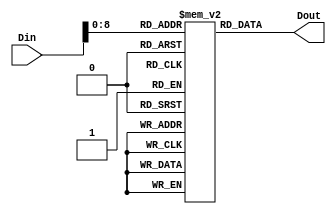
`timescale 1ns / 1ps

module Inst_Memory(Din,Dout);

input wire [31:0] Din;
output wire [31:0] Dout;

reg [31:0] memdata [511:0];

initial
        begin
            memdata[32'h0] = 32'h00200093;  // ADDI
            memdata[32'h4] = 32'h00300113;
            memdata[32'h8] = 32'h01110193;
            /*
            memdata[32'hc] = 32'h00317233;  // ANDI
            memdata[32'h10] = 32'h003262B3;
            memdata[32'h14] = 32'h0032F333;
            memdata[32'h18] = {12'd4, 5'd6, 3'b111, 5'd7, 7'b0010011};
            memdata[32'h1c] = {12'd3, 5'd7, 3'b110, 5'd5, 7'b0010011};
            memdata[32'h20] = {7'b0000000, 5'd1, 5'd8, 3'b010, 5'd8, 7'b0100011};
            memdata[32'h24] = {7'b0000000, 5'd8, 5'd8, 3'b000, 5'd9, 7'b0100011};
            memdata[32'h28] = {7'b0000000, 5'd8, 5'd5, 3'b001, 5'd10, 7'b0100011};
            memdata[32'h2c] = 32'h0010F093;
            memdata[32'h30] = 32'hF7208773; // ADDI $4 = 5
            memdata[32'h34] = 32'h00208093;
            memdata[32'h38] = 32'hFFF08093;
            memdata[32'h3c] = 32'hFE209EE3;
            memdata[32'h40] =  {12'hfff, 5'd2, 3'b000, 5'd2, 7'b0010011};
            memdata[32'h44]    = {7'b1111111, 5'd1, 5'd2, 3'b100, 5'b11101, 7'b1100011};
            */
        end
       
assign Dout =  memdata[Din];

endmodule

/*
00310093
00108233
004082A

*/